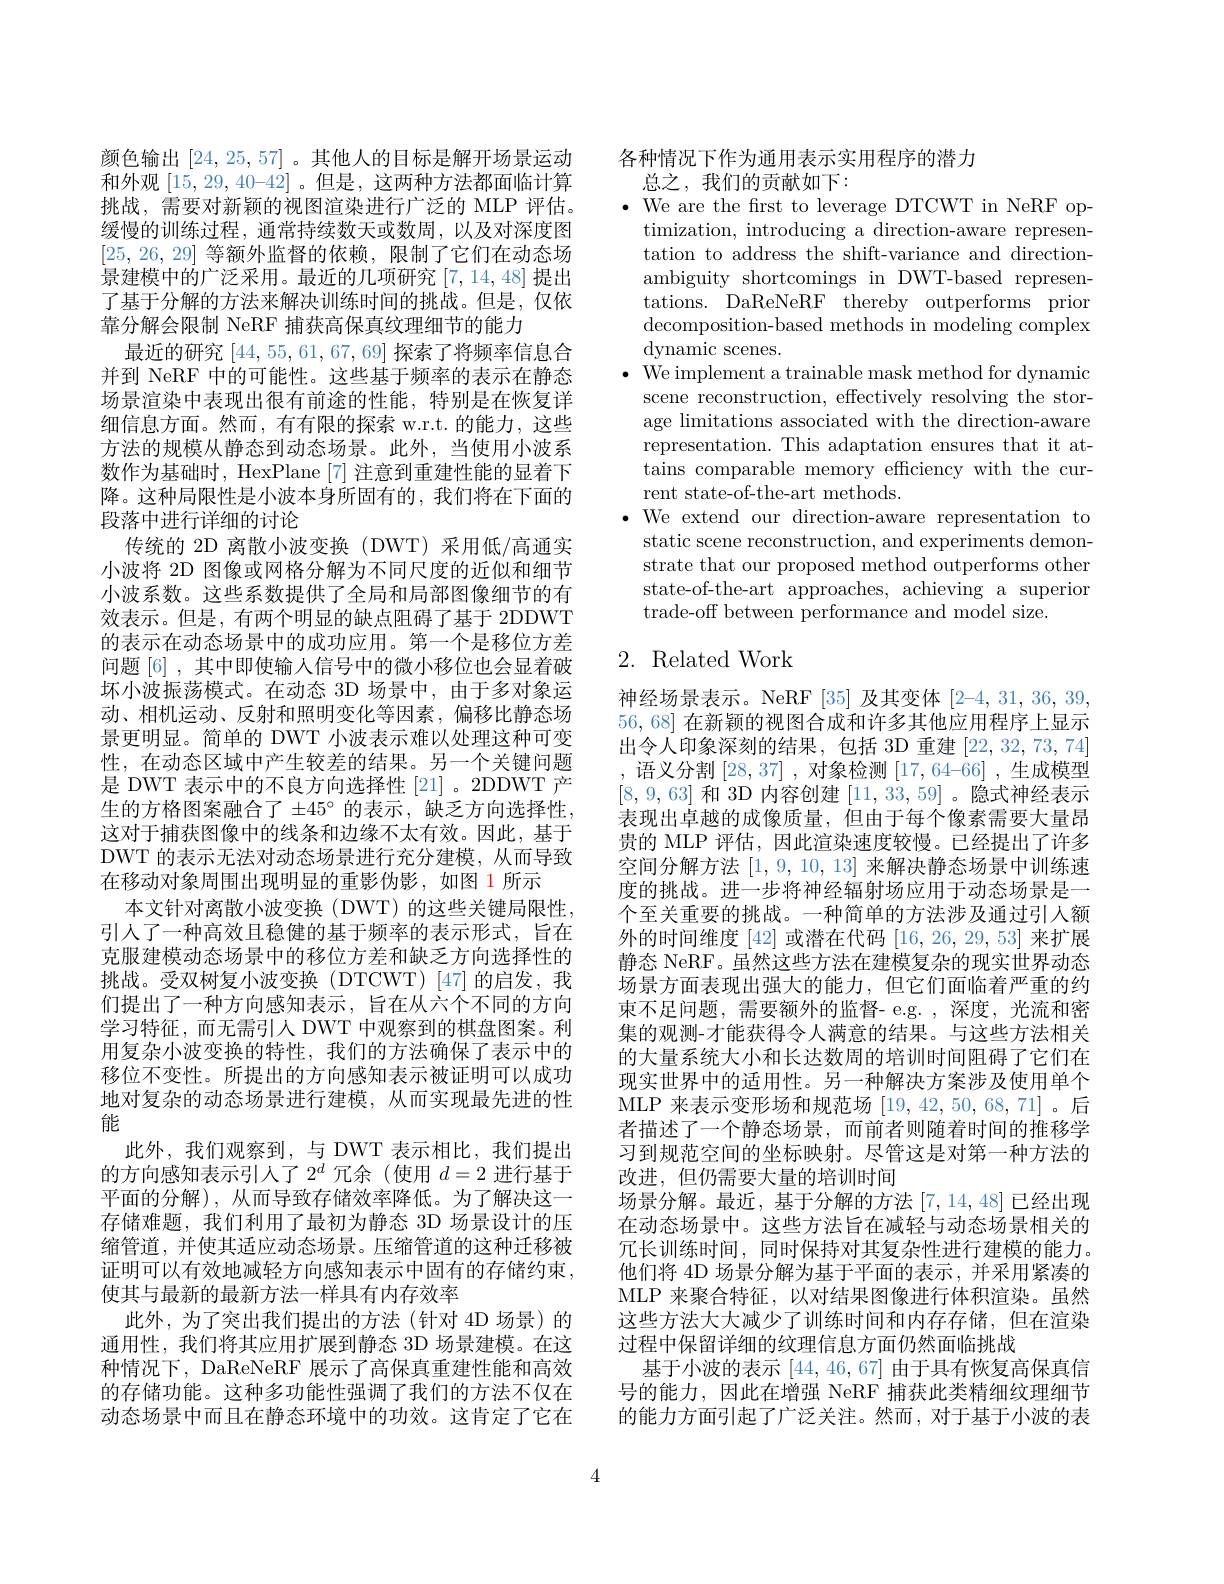
颜色输出[24,25,57] 。其他人的目标是解开场景运动和外观$[15,29,40–42]$ 。但是，这两种方法都面临计算挑战，需要对新颖的视图渲染进行广泛的 MLP 评估。缓慢的训练过程，通常持续数天或数周，以及对深度图[25,26,29]等额外监督的依赖，限制了它们在动态场景建模中的广泛采用。最近的几项研究[7,14,48]提出了基于分解的方法来解决训练时间的挑战。但是，仅依靠分解会限制 NeRF 捕获高保真纹理细节的能力
最近的研究[44,55,61,67,69]探索了将频率信息合并到 NeRF 中的可能性。这些基于频率的表示在静态场景渲染中表现出很有前途的性能，特别是在恢复详细信息方面。然而，有有限的探索 w.r.t.的能力，这些方法的规模从静态到动态场景。此外，当使用小波系数作为基础时，HexPlane [7]注意到重建性能的显着下降。这种局限性是小波本身所固有的，我们将在下面的段落中进行详细的讨论
传统的 2D 离散小波变换(DWT)采用低/高通实小波将 2D 图像或网格分解为不同尺度的近似和细节小波系数。这些系数提供了全局和局部图像细节的有效表示。但是，有两个明显的缺点阻碍了基于 2DDWT 的表示在动态场景中的成功应用。第一个是移位方差问题[6] , 其中即使输入信号中的微小移位也会显着破坏小波振荡模式。在动态 3D 场景中，由于多对象运动、相机运动、反射和照明变化等因素，偏移比静态场景更明显。简单的 DWT 小波表示难以处理这种可变性，在动态区域中产生较差的结果。另一个关键问题是 DWT 表示中的不良方向选择性 [21]。2DDWT 产生的方格图案融合了$\pm45^\circ$的表示，缺乏方向选择性， 这对于捕获图像中的线条和边缘不太有效。因此，基于DWT 的表示无法对动态场景进行充分建模，从而导致在移动对象周围出现明显的重影伪影，如图 1 所示
本文针对离散小波变换(DWT)的这些关键局限性， 引人了一种高效且稳健的基于频率的表示形式，旨在克服建模动态场景中的移位方差和缺乏方向选择性的挑战。受双树复小波变换(DTCWT)[47]的启发，我们提出了一种方向感知表示，旨在从六个不同的方向学习特征，而无需引人 DWT 中观察到的棋盘图案。利用复杂小波变换的特性，我们的方法确保了表示中的移位不变性。所提出的方向感知表示被证明可以成功地对复杂的动态场景进行建模，从而实现最先进的性能
此外，我们观察到，与 DWT 表示相比，我们提出的方向感知表示引人了$2^d$冗余 (使用$d=2$进行基于平面的分解),从而导致存储效率降低。为了解决这一存储难题，我们利用了最初为静态 3D 场景设计的压缩管道，并使其适应动态场景。压缩管道的这种迁移被证明可以有效地减轻方向感知表示中固有的存储约束， 使其与最新的最新方法一样具有内存效率
此外，为了突出我们提出的方法(针对 4D 场景) 的通用性，我们将其应用扩展到静态 3D 场景建模。在这种情况下，DaReNeRF 展示了高保真重建性能和高效的存储功能。这种多功能性强调了我们的方法不仅在动态场景中而且在静态环境中的功效。这肯定了它在

各种情况下作为通用表示实用程序的潜力

总之，我们的贡献如下：
$\bullet$ We are the frst to leverage DTCWT in NeRF op-
timization, introducing a direction-aware representation to address the shift-variance and directionambiguity shortcomings in DWT-based representations. DaReNeRF thereby outperforms prior decomposition-based methods in modeling complex dynamic scenes.
$\bullet$ We implement a trainable mask method for dynamic
scene reconstruction, effectively resolving the storage limitations associated with the direction-aware representation. This adaptation ensures that it attains comparable memory efficiency with the current state-of-the-art methods.
$\bullet$ We extend our direction-aware representation to
static scene reconstruction, and experiments demonstrate that our proposed method outperforms other state-of-the-art approaches, achieving a superior trade-off between performance and model size.

## 2. Related Work

神经场景表示。NeRF[35] 及其变体 [2-4,31,36,39, 56,68]在新颖的视图合成和许多其他应用程序上显示出令人印象深刻的结果，包括 3D 重建[22,32,73,74] ,语义分割[28,37],对象检测[17,64-66],生成模型[8,9,63]和 3D 内容创建[11,33,59] 。隐式神经表示表现出卓越的成像质量，但由于每个像素需要大量昂贵的 MLP 评估，因此渲染速度较慢。已经提出了许多空间分解方法[1,9,10,13]来解决静态场景中训练速度的挑战。进一步将神经辐射场应用于动态场景是一个至关重要的挑战。一种简单的方法涉及通过引人额外的时间维度 [42] 或潜在代码[16,26,29,53]来扩展静态 NeRF。虽然这些方法在建模复杂的现实世界动态场景方面表现出强大的能力，但它们面临着严重的约束不足问题，需要额外的监督-e.g.,深度，光流和密集的观测-才能获得令人满意的结果。与这些方法相关的大量系统大小和长达数周的培训时间阻碍了它们在现实世界中的适用性。另一种解决方案涉及使用单个MLP 来表示变形场和规范场[19,42,50,68,71]。后者描述了一个静态场景，而前者则随着时间的推移学习到规范空间的坐标映射。尽管这是对第一种方法的改进，但仍需要大量的培训时间
场景分解。最近，基于分解的方法[7,14,48]已经出现在动态场景中。这些方法旨在减轻与动态场景相关的冗长训练时间，同时保持对其复杂性进行建模的能力。他们将 4D 场景分解为基于平面的表示，并采用紧凑的MLP 来聚合特征，以对结果图像进行体积渲染。虽然这些方法大大减少了训练时间和内存存储，但在渲染过程中保留详细的纹理信息方面仍然面临挑战
基于小波的表示[44,46,67]由于具有恢复高保真信号的能力，因此在增强 NeRF 捕获此类精细纹理细节的能力方面引起了广泛关注。然而，对于基于小波的表

4